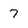
Character: 7